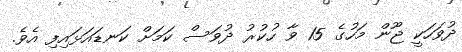
ދުވަހަކީ ޖޫން މަހުގެ 15 ވާ ހުކުރު ދުވަސް ކަމަށް ކަނޑައަޅައިފި އެވެ.